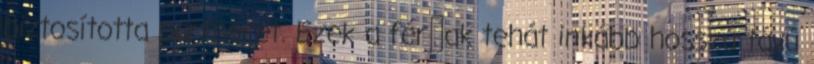
biztosította partnerét. Ezek a férﬁak tehát inkább hosszú távú